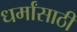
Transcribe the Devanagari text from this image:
धर्मांसाठी